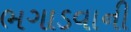
ભગાડવાની